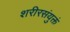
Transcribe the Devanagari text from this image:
शरीरसंयुक्तं